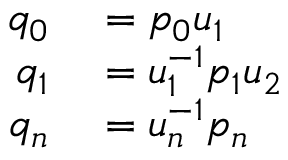
\begin{array} { r l } { q _ { 0 } } & { { } = p _ { 0 } u _ { 1 } } \\ { q _ { 1 } } & { { } = u _ { 1 } ^ { - 1 } p _ { 1 } u _ { 2 } } \\ { q _ { n } } & { { } = u _ { n } ^ { - 1 } p _ { n } } \end{array}